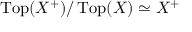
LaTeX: \operatorname { T o p } ( X ^ { + } ) / \operatorname { T o p } ( X ) \simeq X ^ { + }